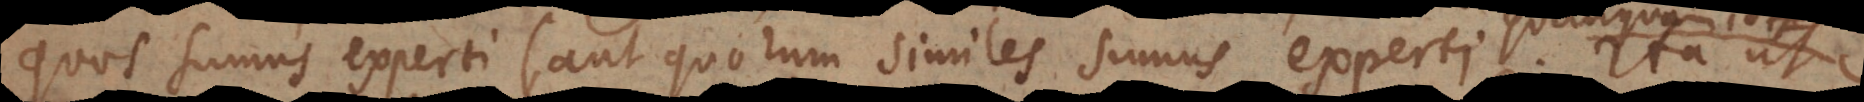
quos sumus experti (aut quorum similes sumus experti, quanqua